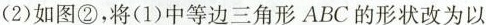
(2)如图②，将(1)中等边三角形ABC的形状改为以